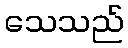
သေသည်